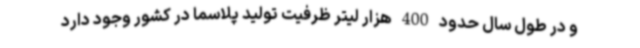
و در طول سال حدود 400 هزار لیتر ظرفیت تولید پلاسما در کشور وجود دارد